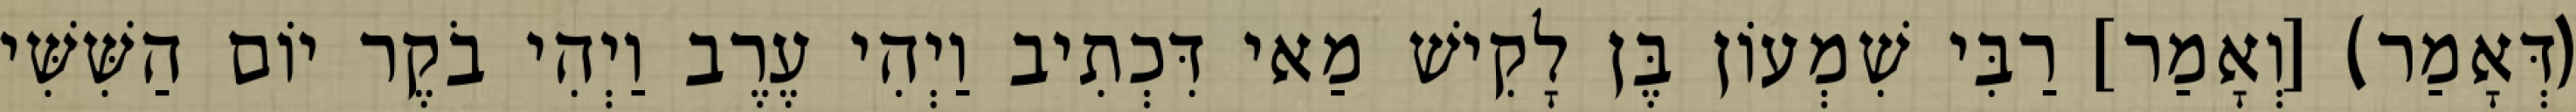
(דְּאָמַר) [וְאָמַר] רַבִּי שִׁמְעוֹן בֶּן לָקִישׁ מַאי דִּכְתִיב וַיְהִי עֶרֶב וַיְהִי בֹקֶר יוֹם הַשִּׁשִּׁי